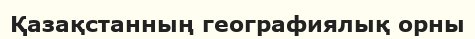
Қазақстанның географиялық орны